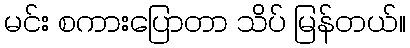
မင်း စကားပြောတာ သိပ် မြန်တယ်။